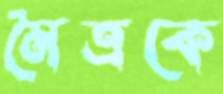
মৈত্রকে